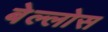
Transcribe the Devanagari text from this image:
बेल्लोस